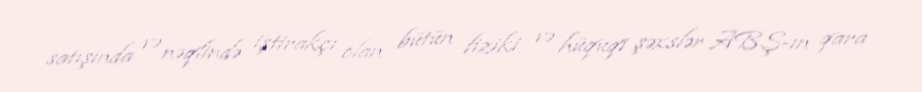
satışında və nəqlində iştirakçı olan bütün fiziki və hüquqi şəxslər ABŞ-ın qara